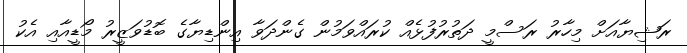
ރަޝިޔާއަށް މިހާރު ރަސްމީ ދަތުރުފުޅެއް ކުރައްވަމުން ގެންދަވާ އިންޑިޔާގެ ބޮޑުވަޒީރު މޯޑީއާއި އެކު